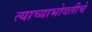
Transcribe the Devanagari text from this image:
त्याच्याभोवतीचे